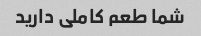
شما طعم کاملی دارید